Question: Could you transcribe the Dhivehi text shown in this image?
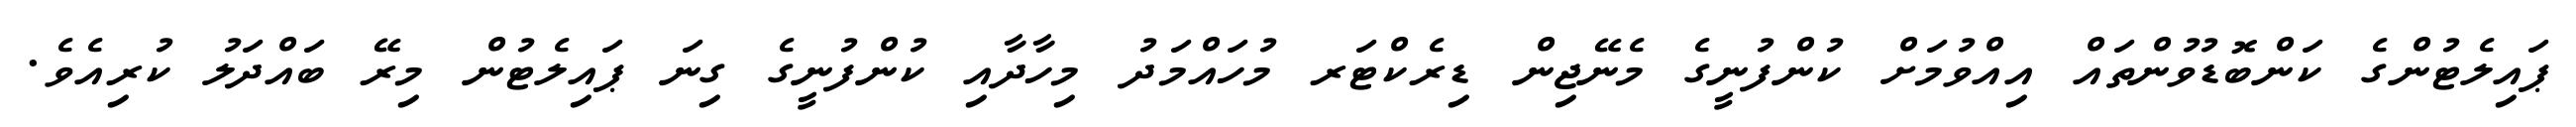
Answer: ޕައިލެޓުންގެ ކަންބޮޑުވުންތައް އިއްވުމަށް ކުންފުނީގެ މެނޭޖިން ޑިރެކްޓަރ މުހައްމަދު މިހާދާއި ކުންފުނީގެ ގިނަ ޕައިލެޓުން މިރޭ ބައްދަލު ކުރިއެވެ.